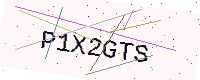
Text: P1X2GTS